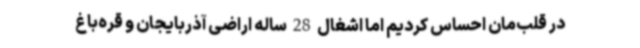
در قلب‌مان احساس کردیم اما اشغال 28 ساله اراضی آذربایجان و قره‌باغ